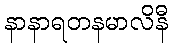
နာနာရတနမာလိနီ